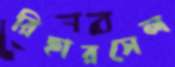
রিহারসেল